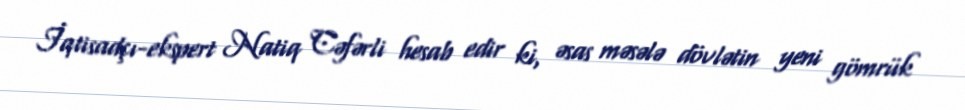
İqtisadçı-ekspert Natiq Cəfərli hesab edir ki, əsas məsələ dövlətin yeni gömrük